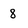
Character: 8